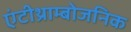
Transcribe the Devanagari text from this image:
एंटीथ्राम्बोजनिक